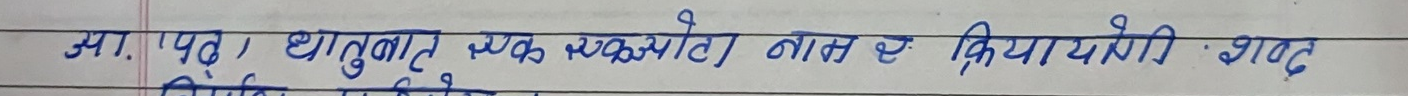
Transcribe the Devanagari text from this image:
असः पद, धातुमात् एक शब्दबाट नाम है क्रियायोगी शब्द